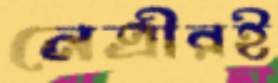
নেত্রীরই